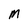
Character: M